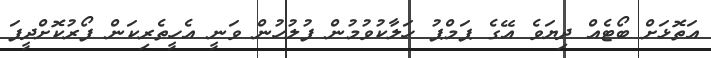
އަތޮޅަށް ބޯޓެއް ދިޔަވެ އޭގެ ޕަމްޕު ހަލާކުވުމުން ފުލުހުން ވަނީ އެހީތެރިކަން ފޯރުކޮށްދީފަ